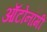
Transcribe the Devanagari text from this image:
ऑटोनॉमी